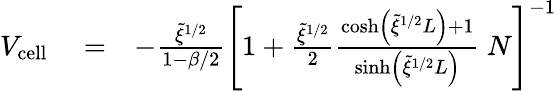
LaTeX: \begin{array}{rlr}{V_{\mathrm{cell}}}&{{}=}&{-\frac{\tilde{\xi}^{1/2}}{1-\beta/2}\left[1+\frac{\tilde{\xi}^{1/2}}{2}\frac{\cosh\left(\tilde{\xi}^{1/2}L\right)+1}{\sinh\left(\tilde{\xi}^{1/2}L\right)}\ N\right]^{-1}}\end{array}